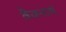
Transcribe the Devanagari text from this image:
वैजनाथं